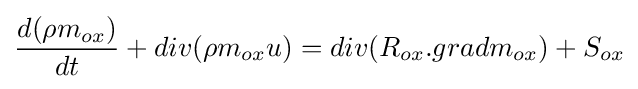
{d(\rho m_{ox}) \over dt}+div(\rho m_{ox}u)=div(R_{ox}.gradm_{ox})+S_{ox}